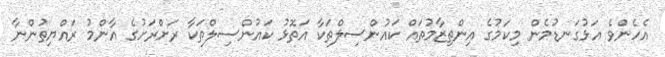
އެހެންވެ އަޅުގަނޑުމެން މިކަމުގެ އިންތިޒާމުތައް ކައުންސިލްތަކާ އަތޮޅު ކައުންސިލްތަކާ ރަށްރަށުގެ އާންމު ރައްޔިތުންނާ